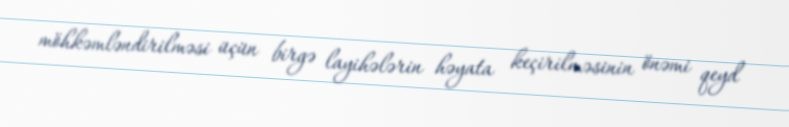
möhkəmləndirilməsi üçün birgə layihələrin həyata keçirilməsinin önəmi qeyd